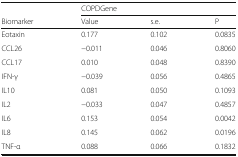
|  | <COLSPAN=3> COPDGene |
 | Biomarker | Value | s.e. | P |
 | --- | --- | --- | --- |
 | Eotaxin | 0.177 | 0.102 | 0.0835 |
 | CCL26 | −0.011 | 0.046 | 0.8060 |
 | CCL17 | 0.010 | 0.048 | 0.8390 |
 | IFN-γ | −0.039 | 0.056 | 0.4865 |
 | IL10 | 0.081 | 0.050 | 0.1093 |
 | IL2 | −0.033 | 0.047 | 0.4857 |
 | IL6 | 0.153 | 0.054 | 0.0042 |
 | IL8 | 0.145 | 0.062 | 0.0196 |
 | TNF-α | 0.088 | 0.066 | 0.1832 |